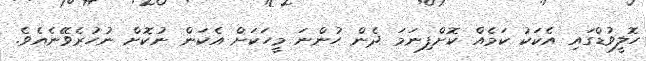
ހޮލީވުޑްގައި އެކަކު ކަމެއް ކޮށްފިނަމަ ދެން ހުންނަ މީހަކަށް އެކަން ނުކޮށް ނުހުރެވޭނެއެވެ.